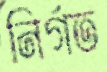
নির্গত